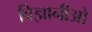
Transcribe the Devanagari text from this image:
विज्ञानीओ